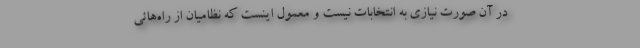
در آن صورت نیازی به انتخابات نیست و معمول اینست که نظامیان از راه‌هائی